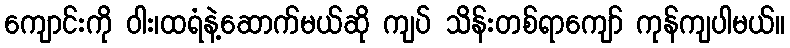
ကျောင်းကို ဝါး၊ထရံနဲ့ဆောက်မယ်ဆို ကျပ် သိန်းတစ်ရာကျော် ကုန်ကျပါမယ်။